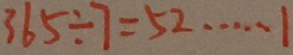
3 6 5 \div 7 = 5 2 \cdots 1